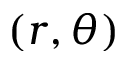
( r , \theta )